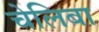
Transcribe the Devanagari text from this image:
चेलिबा